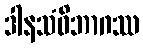
ဒါနသံဝိဘာဂဿ